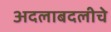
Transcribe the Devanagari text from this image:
अदलाबदलीचे